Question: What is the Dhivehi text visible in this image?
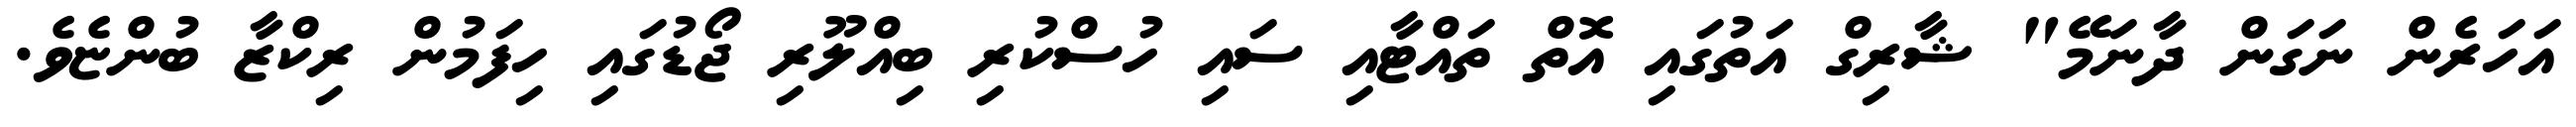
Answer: އަހަރެން ނަގަން ދާނަމޭ" ޝާރިގް އަތުގައި އޮތް ތައްޓާއި ސައި ހުސްކުރި ބިއްލޫރި ޖޯޑުގައި ހިފަމުން ރިކްޒާ ބުންޏެވެ.